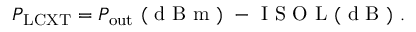
P _ { \mathrm { L C X T } } = P _ { \mathrm { o u t } } \mathrm { ~ ( ~ d ~ B ~ m ~ ) ~ } - \mathrm { ~ I ~ S ~ O ~ L ~ ( ~ d ~ B ~ ) ~ } .